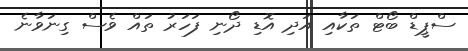
ސްޕީޑް ބޯޓް ތަކާއި އަދި އޮޑި ދޯނި ފަހަރު ތައް ވެސް ގިނަވާނެ